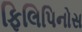
ફિલિપિનોસ